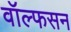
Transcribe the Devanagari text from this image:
वॉल्फसन